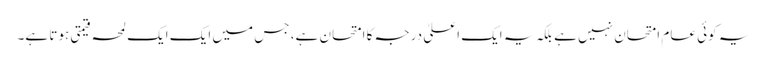
یہ کوئی عام امتحان نہیں ہے بلکہ یہ ایک اعلیٰ درجہ کا امتحان ہے، جس میں ایک ایک لمحہ قیمتی ہوتا ہے۔